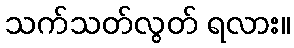
သက်သတ်လွတ် ရလား။